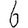
Digit: 6